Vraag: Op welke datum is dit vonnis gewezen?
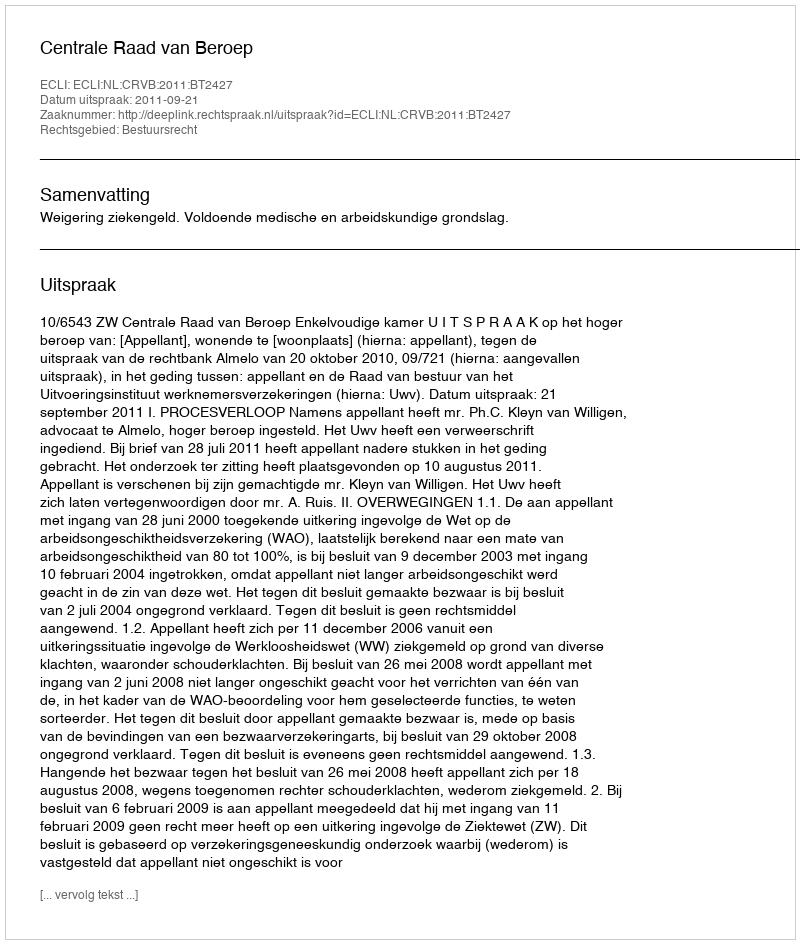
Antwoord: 2011-09-21